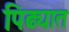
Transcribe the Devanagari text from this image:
पिढ्यात